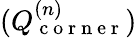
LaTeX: (Q_{\mathrm{~c~o~r~n~e~r~}}^{(n)})